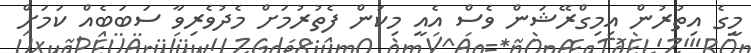
މީގެ އިތުރުން އިމިގްރޭޝަން ވެސް އެއީ މިކަން ފެތުރުމަށް މެދުވެރިވާ ސަބަބެއް ކަމަށް